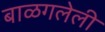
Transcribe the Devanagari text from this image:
बाळगलेली